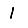
Digit: 1